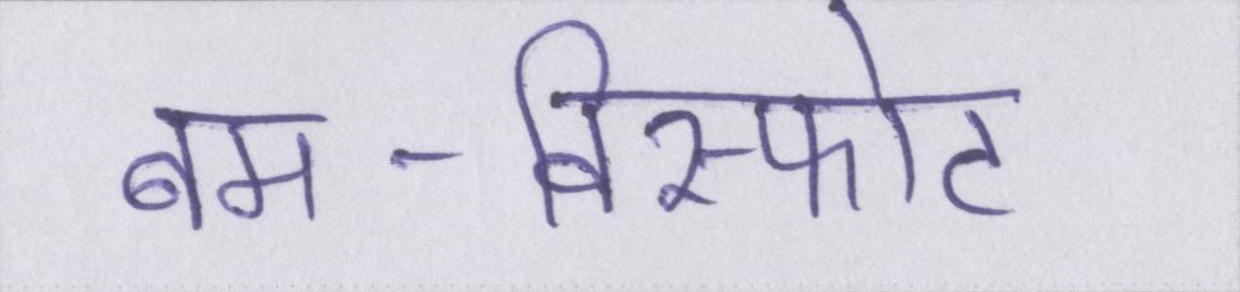
बम-विस्फोट